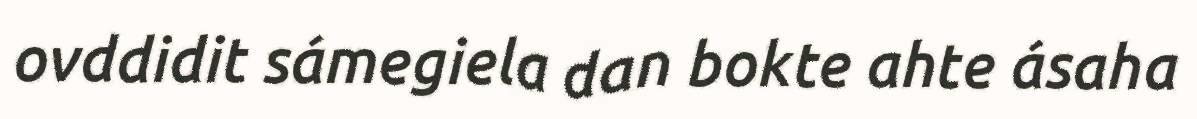
ovddidit sámegiela dan bokte ahte ásaha